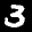
Label: 3